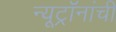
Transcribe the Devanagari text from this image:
न्यूट्रॉनांची